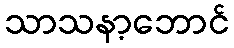
သာသနာ့ဘောင်